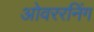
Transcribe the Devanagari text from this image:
ओवररनिंग